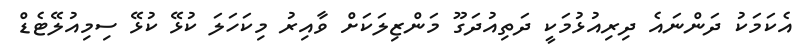
އެކަމަކު ދަންނައެ ދިރިއުޅުމަކީ ދަތިއުދަގޫ މަންޒިލަކަށް ވާއިރު މިކަހަލަ ކުޅޭ ކުޅޭ ސިމިއުލޭޓެޑް